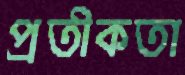
প্রতীকতা